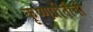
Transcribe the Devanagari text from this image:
कृष्णप्रीतीची